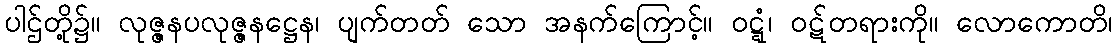
ပါဌ်တို့၌။ လုဇ္ဇနပလုဇ္ဇနဋ္ဌေန၊ ပျက်တတ် သော အနက်ကြောင့်။ ဝဋ္ဋံ၊ ဝဋ်တရားကို။ လောကောတိ၊